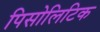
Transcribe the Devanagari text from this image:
पिसोलिटिक